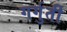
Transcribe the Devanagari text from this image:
गर्गुती